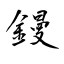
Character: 鏝